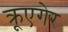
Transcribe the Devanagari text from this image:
क्रूएगेर